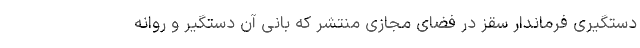
دستگیری فرماندار سقز در فضای مجازی منتشر که بانی آن دستگیر و روانه